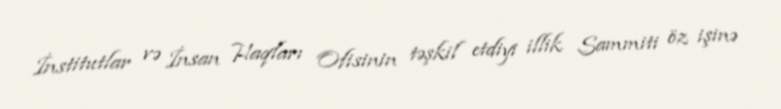
İnstitutlar və İnsan Haqları Ofisinin təşkil etdiyi illik Sammiti öz işinə